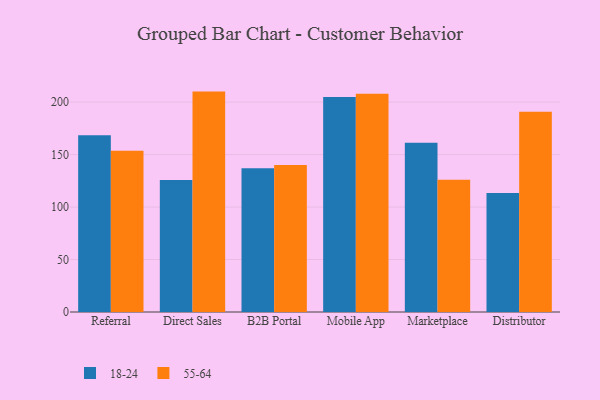
{"axis": {"x": "Channel", "y": "Demand Index"}, "legend": ["18-24", "55-64"], "data": [{"x": "Referral", "y": 168.3, "type": "18-24"}, {"x": "Referral", "y": 153.7, "type": "55-64"}, {"x": "Direct Sales", "y": 125.8, "type": "18-24"}, {"x": "Direct Sales", "y": 210.0, "type": "55-64"}, {"x": "B2B Portal", "y": 136.9, "type": "18-24"}, {"x": "B2B Portal", "y": 140.0, "type": "55-64"}, {"x": "Mobile App", "y": 204.8, "type": "18-24"}, {"x": "Mobile App", "y": 207.9, "type": "55-64"}, {"x": "Marketplace", "y": 161.2, "type": "18-24"}, {"x": "Marketplace", "y": 125.9, "type": "55-64"}, {"x": "Distributor", "y": 113.5, "type": "18-24"}, {"x": "Distributor", "y": 190.9, "type": "55-64"}]}